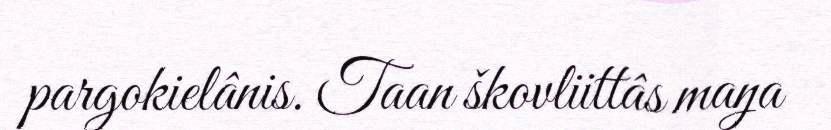
pargokielânis. Taan škovliittâs maŋa